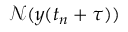
{ \mathcal { N } } ( y ( t _ { n } + \tau ) )